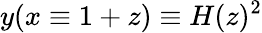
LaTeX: y(x\equiv 1+z)\equiv H(z)^{2}